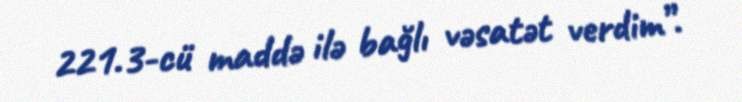
221.3-cü maddə ilə bağlı vəsatət verdim”.